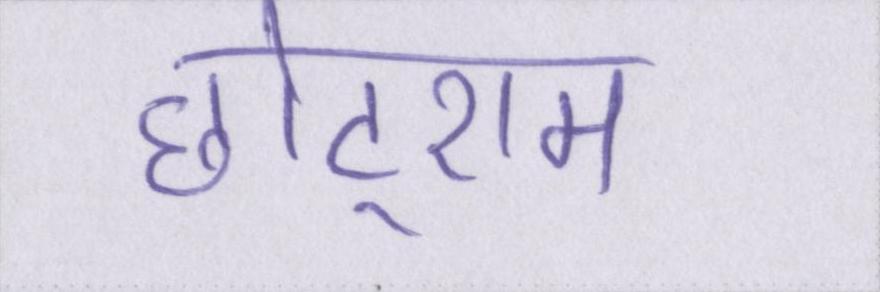
छोटूराम